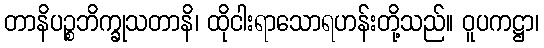
တာနိပဉ္စဘိက္ခုသတာနိ၊ ထိုငါးရာသောရဟန်းတို့သည်။ ဝူပကဋ္ဌာ၊